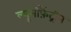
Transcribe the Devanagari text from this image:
ल्युमीफ़ैंट्रीन